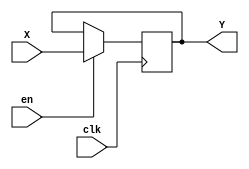
`timescale 1ns / 1ps

module regm(
        input clk,
        input [15:0] X,
        input en,
        output reg [15:0] Y
        );
        
        always@(posedge clk)
            if(en)
                Y<=X;
endmodule